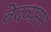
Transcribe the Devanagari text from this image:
वेदव्यसन